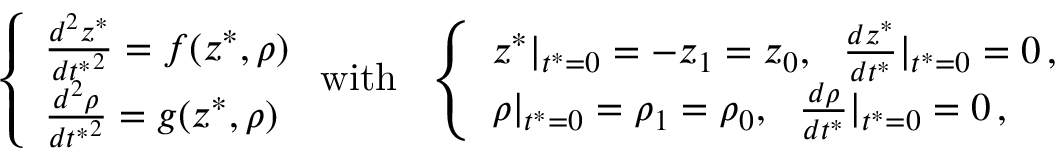
\left\{ \begin{array} { l l } { \frac { d ^ { 2 } z ^ { * } } { { d t ^ { * } } ^ { 2 } } = f ( z ^ { * } , \rho ) } \\ { \frac { d ^ { 2 } \rho } { { d t ^ { * } } ^ { 2 } } = g ( z ^ { * } , \rho ) } \end{array} \right. \mathrm { w i t h } \ \ \left\{ \begin{array} { l l } { z ^ { * } | _ { t ^ { * } = 0 } = - z _ { 1 } = z _ { 0 } , \ \ \frac { d z ^ { * } } { d t ^ { * } } | _ { t ^ { * } = 0 } = 0 \, , } \\ { \rho | _ { t ^ { * } = 0 } = \rho _ { 1 } = \rho _ { 0 } , \ \ \frac { d \rho } { d t ^ { * } } | _ { t ^ { * } = 0 } = 0 \, , } \end{array} \right.